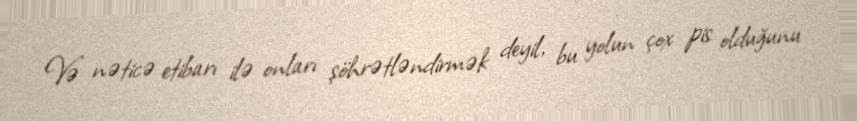
Və nəticə etibarı ilə onları şöhrətləndirmək deyil, bu yolun çox pis olduğunu